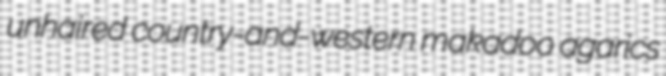
unhaired country-and-western makadoo agarics